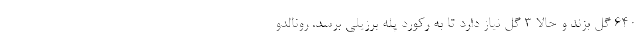
640 گل بزند و حالا 3 گل نیاز دارد تا به رکورد پله برزیلی برسد. رونالدو